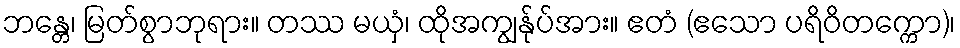
ဘန္တေ၊ မြတ်စွာဘုရား။ တဿ မယှံ၊ ထိုအကျွန်ုပ်အား။ ဧတံ (ဧသော ပရိဝိတက္ကော)၊